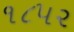
૧૮૫૨